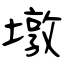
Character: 墩